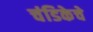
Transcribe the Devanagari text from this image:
चंडिकेचे